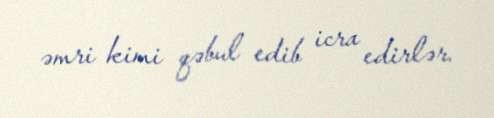
əmri kimi qəbul edib icra edirlər.